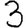
Digit: 3